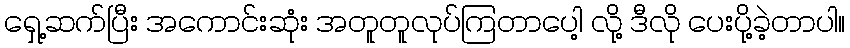
ရှေ့ဆက်ပြီး အကောင်းဆုံး အတူတူလုပ်ကြတာပေါ့ လို့ ဒီလို ပေးပို့ခဲ့တာပါ။